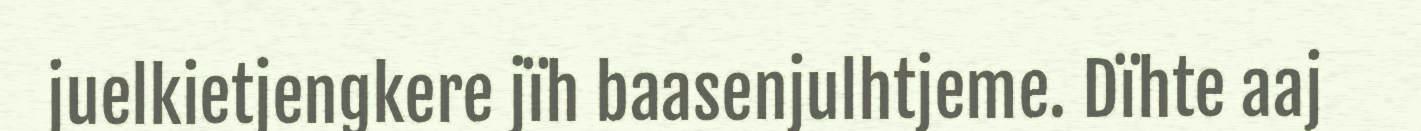
juelkietjengkere jïh baasenjulhtjeme. Dïhte aaj